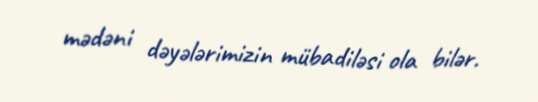
mədəni dəyələrimizin mübadiləsi ola bilər.